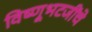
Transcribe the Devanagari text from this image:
विष्णूभटजींचे